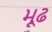
મૂઢ